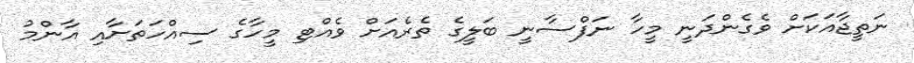
ނަތީޖާއަކަށް ވެގެންދަނީ މީހާ ނަފްސާނީ ބަލީގެ ތެރެއަށް ވެއްޓި މީހާގެ ސިއްހަތަށާއި އާންމު